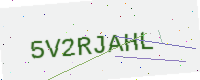
Text: 5V2RJAHL